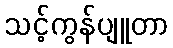
သင့်ကွန်ပျူတာ